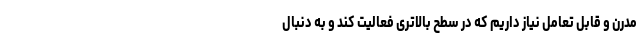
مدرن و قابل تعامل نیاز داریم که در سطح بالاتری فعالیت کند و به دنبال